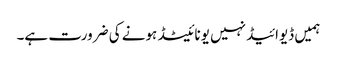
ہمیں ڈیوائیڈ نہیں یونائیٹڈ ہونے کی ضرورت ہے۔